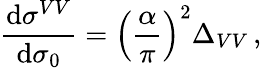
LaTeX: \frac{\mathrm{d}\sigma^{VV}}{\mathrm{d}\sigma_{0}}=\left(\frac{\alpha}{\pi}\right)^{2}\Delta_{VV}\, ,